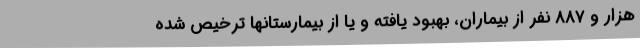
هزار و 887 نفر از بیماران، بهبود یافته و یا از بیمارستانها ترخیص شده